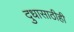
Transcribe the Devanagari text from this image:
दुधासाठीही